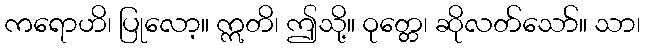
ကရောဟိ၊ ပြုလော့။ ဣတိ၊ ဤသို့။ ဝုတ္တေ၊ ဆိုလတ်သော်။ သာ၊